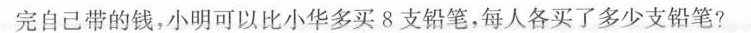
完自己带的钱，小明可以比小华多买8支铅笔，每人各买了多少支铅笔?